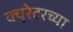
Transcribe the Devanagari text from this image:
क्युरेटरच्या